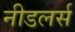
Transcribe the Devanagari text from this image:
नीडलर्स